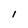
Character: 1